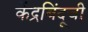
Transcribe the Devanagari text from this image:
केंद्रबिंदूची